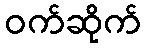
ဝက်ဆိုက်